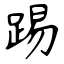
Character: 踢